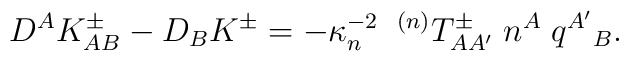
D^A K_{AB}^\pm - D_B K^\pm = -\kappa_n^{-2} \; \; {}^{(n)}T_{AA'}^\pm \; n^A \; q^{A'}{}_B.